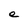
Character: e